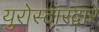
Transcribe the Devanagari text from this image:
युरोस्टारद्वारे